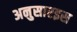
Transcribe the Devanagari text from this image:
अनुसारइस